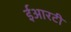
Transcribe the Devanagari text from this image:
ईआरटी